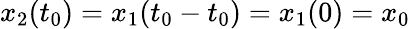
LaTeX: x_{2}(t_{0})=x_{1}(t_{0}-t_{0})=x_{1}(0)=x_{0}